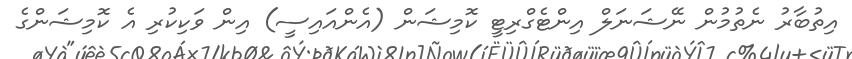
އިތުބާރު ނެތުމުން ނޭޝަނަލް އިންޓެގްރިޓީ ކޮމިޝަން (އެންއައިސީ) އިން ވަކިކުރި އެ ކޮމިޝަންގެ